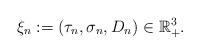
LaTeX: \begin{align*}\xi_n := (\tau_n ,\sigma_n, D_n) \in \mathbb{R}_{+}^3.\end{align*}